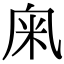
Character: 𥸫